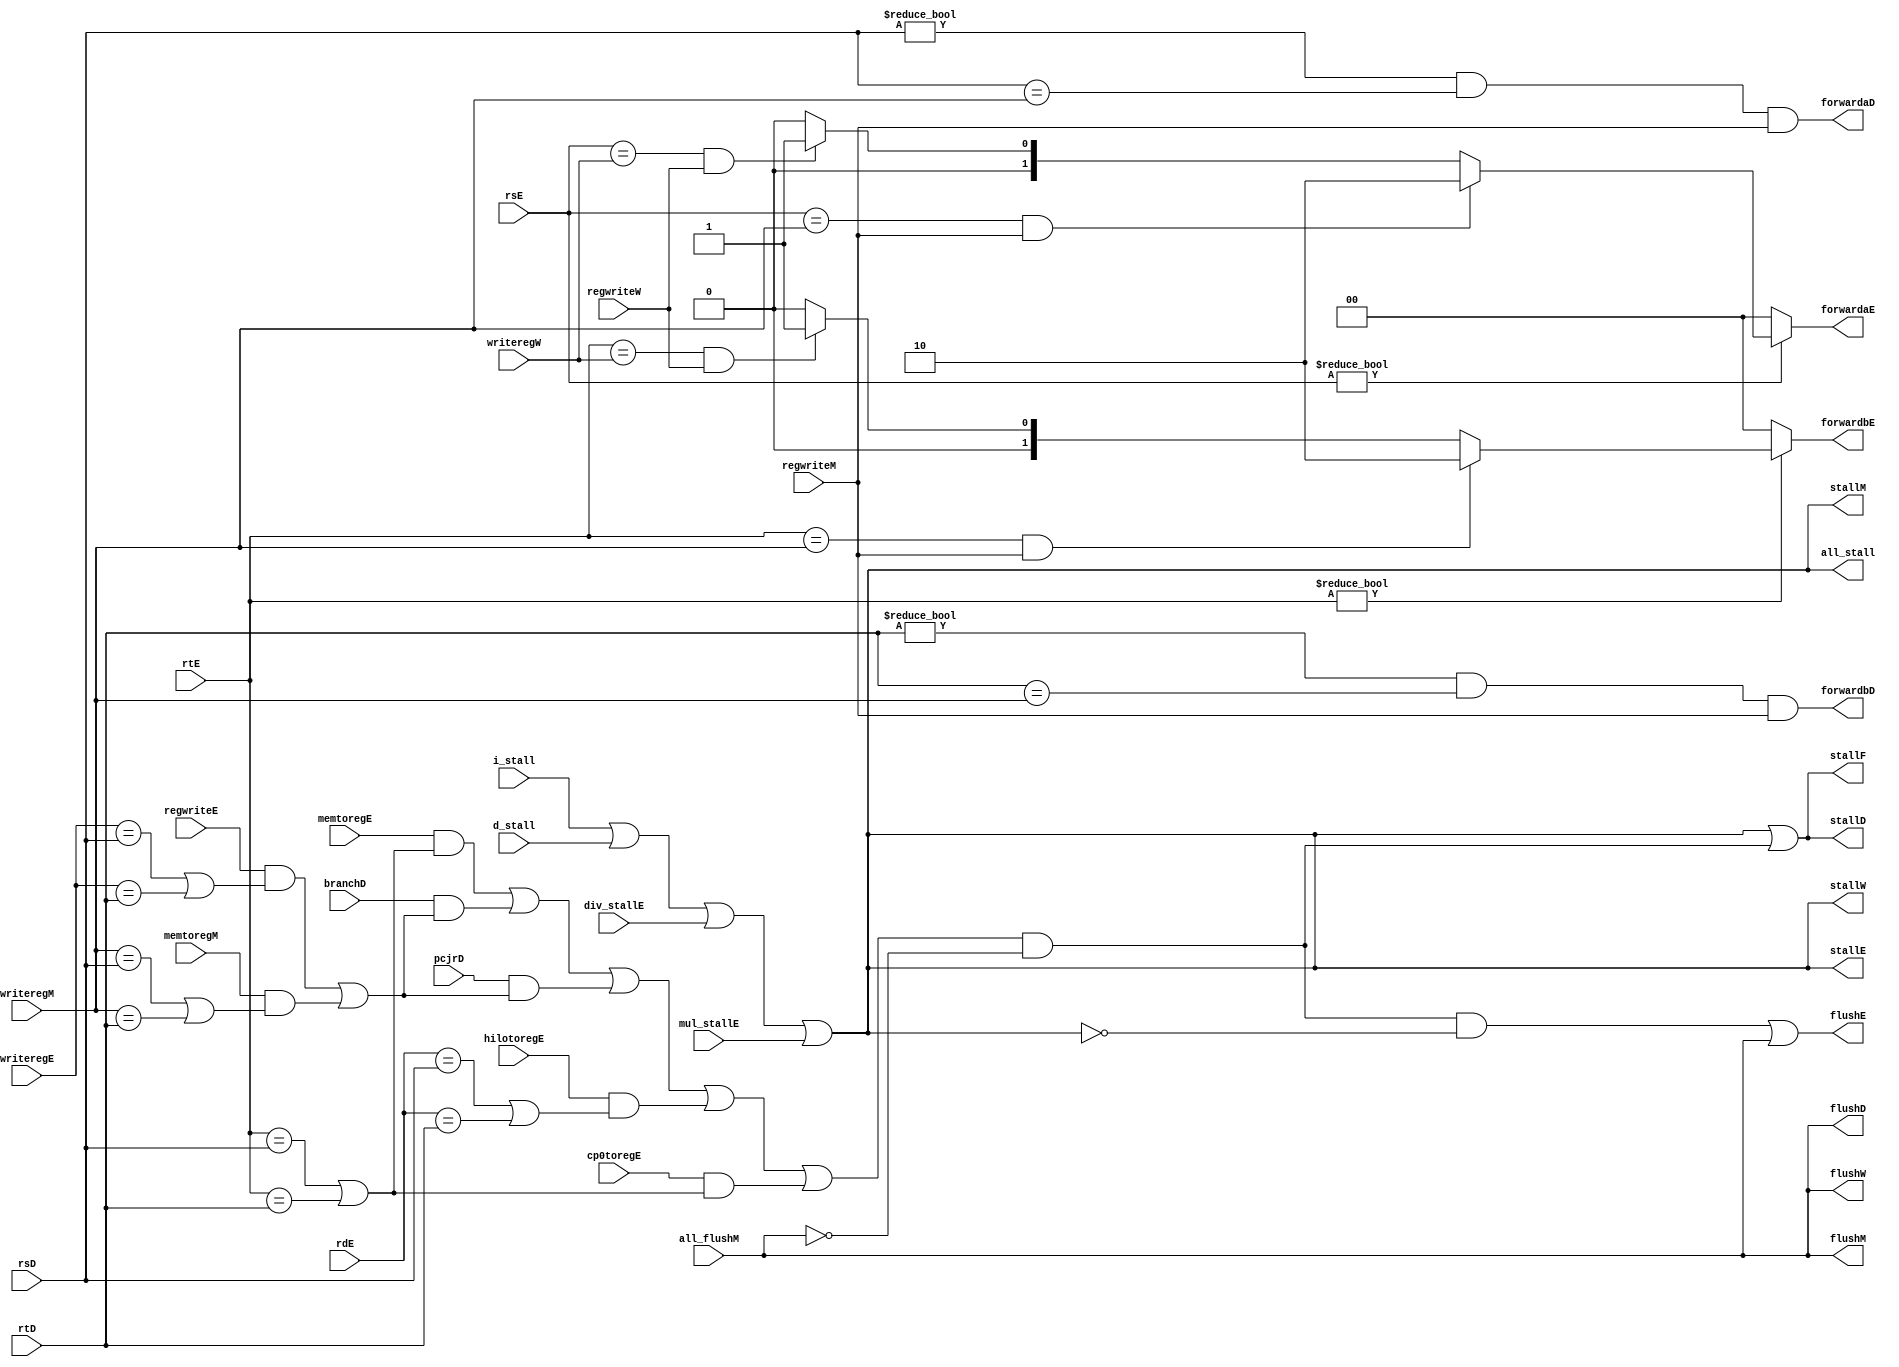
`timescale 1ns / 1ps
//////////////////////////////////////////////////////////////////////////////////
// Company: 
// Engineer: 
// 
// Design Name: 
// Module Name: hazard
// Project Name: 
// Target Devices: 
// Tool Versions: 
// Description: 
// 
// Dependencies: 
// 
// Revision:
// Revision 0.01 - File Created
// Additional Comments:
// 
//////////////////////////////////////////////////////////////////////////////////


module hazard(
	//fetch stage
	output wire stallF,
	//decode stage
	input wire[4:0] rsD,rtD,
	input wire branchD,pcjrD,
	output wire forwardaD,forwardbD,
	output wire stallD,
	output wire flushD,
	//execute stage
	input wire[4:0] rsE,rtE,rdE,
	input wire[4:0] writeregE,
	input wire regwriteE,
	input wire memtoregE,
	input wire div_stallE,
	input wire mul_stallE,
	input wire hilotoregE,
	input wire cp0toregE,
	output reg[1:0] forwardaE,forwardbE,
	output wire flushE,
	output wire stallE,
	//mem stage
	input wire[4:0] writeregM,
	input wire regwriteM,
	input wire memtoregM,
	input wire all_flushM,
	output wire stallM,
	output wire flushM,
	//write back stage
	input wire[4:0] writeregW,
	input wire regwriteW,
	output wire stallW,
	output wire flushW,

	input wire i_stall, d_stall,
	output wire all_stall
    );

	wire lwstallD,branchstallD,jrstallD,hilostallD;

	//forwarding sources to D stage (branch equality)
	assign forwardaD = (rsD != 0 & rsD == writeregM & regwriteM);
	assign forwardbD = (rtD != 0 & rtD == writeregM & regwriteM);
	
	//forwarding sources to E stage (ALU)

	always @(*) begin
		forwardaE = 2'b00;
		forwardbE = 2'b00;
		if(rsE != 0) begin
			/* code */
			if(rsE == writeregM & regwriteM) begin
				/* code */
				forwardaE = 2'b10;
			end else if(rsE == writeregW & regwriteW) begin
				/* code */
				forwardaE = 2'b01;
			end
		end
		if(rtE != 0) begin
			/* code */
			if(rtE == writeregM & regwriteM) begin
				/* code */
				forwardbE = 2'b10;
			end else if(rtE == writeregW & regwriteW) begin
				/* code */
				forwardbE = 2'b01;
			end
		end
	end

	//stalls
	assign lwstallD = memtoregE & (rtE == rsD | rtE == rtD);

	assign hilostallD = hilotoregE & (rdE == rsD | rdE == rtD);

	assign cp0stallD = cp0toregE & (rtE == rsD | rtE == rtD);

	assign branchstallD = branchD &
				(regwriteE & 
				(writeregE == rsD | writeregE == rtD) |
				memtoregM &
				(writeregM == rsD | writeregM == rtD));
	// assign branchstallD = branchD &
	// 			(regwriteE & 
	// 			(writeregE == rsD | writeregE == rtD) |
	// 			0);
	assign jrstallD = pcjrD &
				(regwriteE & 
				(writeregE == rsD | writeregE == rtD) |
				memtoregM &
				(writeregM == rsD | writeregM == rtD));
	// assign jrstallD = pcjrD &
	// 			(regwriteE & 
	// 			(writeregE == rsD | writeregE == rtD) |
	// 			0);
	wire other_stall;
	assign other_stall = (lwstallD | branchstallD | jrstallD | hilostallD | cp0stallD) & ~all_flushM;
	assign all_stall = i_stall | d_stall | div_stallE | mul_stallE;

	assign stallF = all_stall | other_stall;
	assign stallD = all_stall | other_stall;
	assign stallE = all_stall;
	assign stallM = all_stall;
	assign stallW = all_stall;
		//stalling D stalls all previous stages
	assign flushD = all_flushM;
	assign flushE = other_stall & ~all_stall | all_flushM;
	assign flushM = all_flushM;
	assign flushW = all_flushM;

		//stalling D flushes next stage
	// Note: not necessary to stall D stage on store
  	//       if source comes from load;
  	//       instead, another bypass network could
  	//       be added from W to M
endmodule